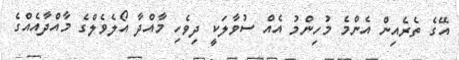
އޭގެ ތެރެއިން އެންމެ މުހިންމު އެއް ސުވާލަކީ ދިވެހި މާއްދާ އޯލެވެލްގެ މާއްދާއެއްގެ